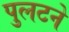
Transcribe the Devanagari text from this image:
पुलटने